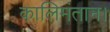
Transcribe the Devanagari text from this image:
कालिमंतान।